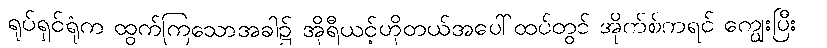
ရုပ်ရှင်ရုံက ထွက်ကြသောအခါ၌ အိုရီယင့်ဟိုတယ်အပေါ်ထပ်တွင် အိုက်စ်ကရင် ကျွေးပြီး